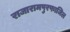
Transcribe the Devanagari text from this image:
राजारामपुरफाजिल